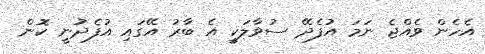
އެހެން ވެއްޖެ ނަމަ އުފެދޭ ސުވާލަކީ އެ ބާރު އޭގައި އުފެދުނީ ކޮން